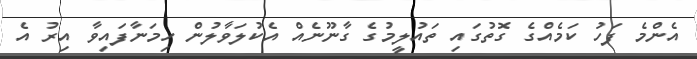
އެންމެ ފަހު ކަމެއްގެ ގޮތުގައި ތައުލީމުގެ ގާނޫނެއް އެކުލަވާލުން ހިމަނާފައިވާ އިރު އެ